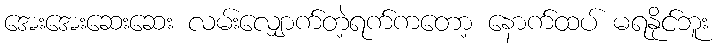
အေးအေးဆေးဆေး လမ်းလျှောက်တဲ့ရက်ကတော့ နောက်ထပ် မရနိုင်ဘူး